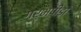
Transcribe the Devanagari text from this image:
गर्भपीड़ा